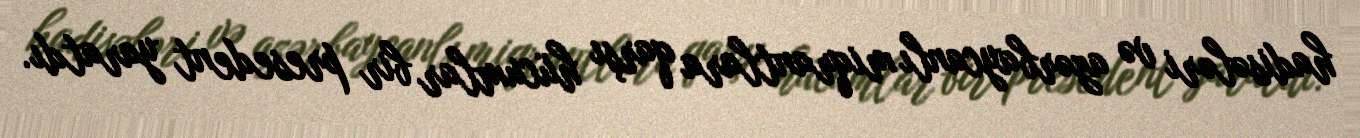
hadisələri və azərbaycanlı miqrantlara qarşı hücumlar bir presedent yaratdı.